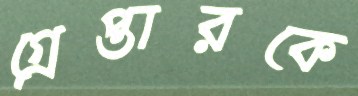
গ্রেপ্তারকে